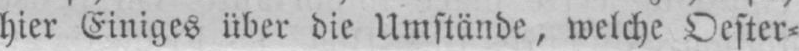
hier Einiges über die Umstände, welche Oester⸗